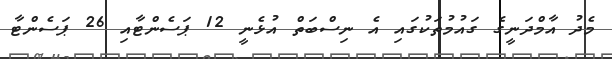
މެދު އާމްދަނީގެ ގައުމުތަކުގައި އެ ނިސްބަތް އުޅެނީ 12 ޕަސެންޓާއި 26 ޕަސެންޓާ